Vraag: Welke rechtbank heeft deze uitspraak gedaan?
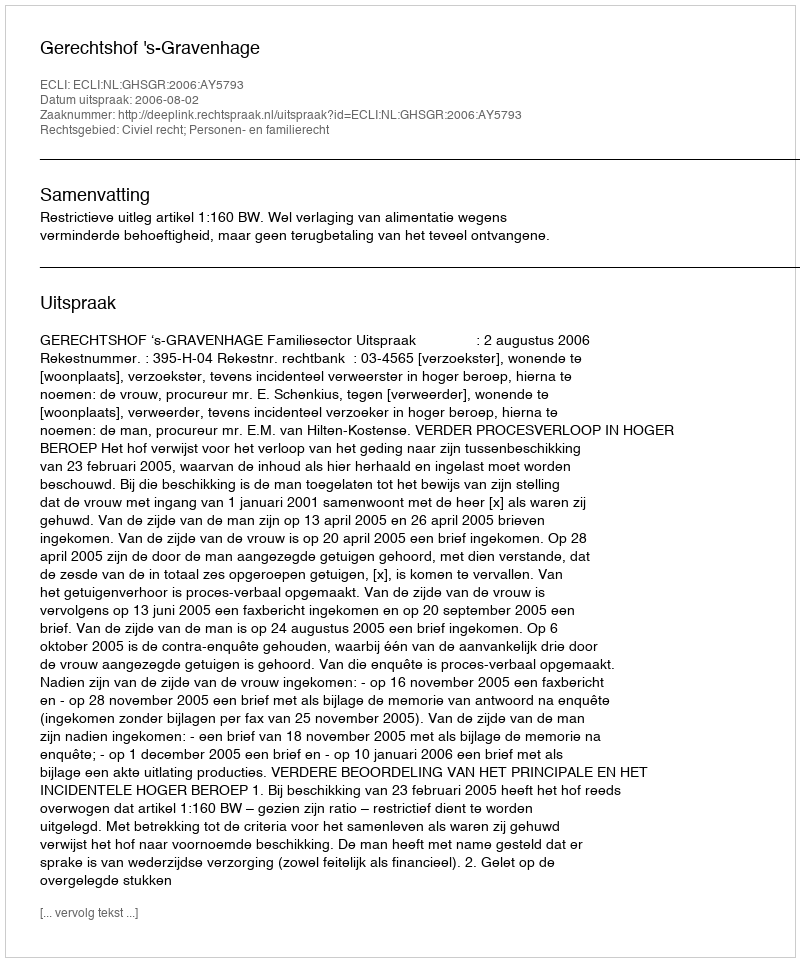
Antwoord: Gerechtshof 's-Gravenhage